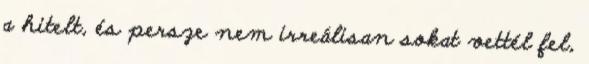
a hitelt, és persze nem irreálisan sokat vettél fel,